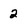
Character: 2